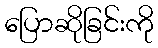
ပြောဆိုခြင်းကို